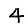
Digit: 4